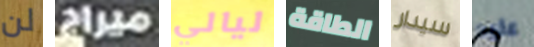
لن ميراج ليالي الطاقة سيدار عليه